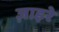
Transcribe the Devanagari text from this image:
ज़ाइरे